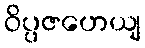
ဝိပ္ပဇဟေယျ